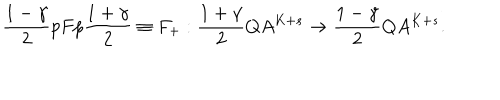
\frac { 1 - \gamma } { 2 } p F p \frac { 1 + \gamma } { 2 } \equiv F _ { + } : \frac { 1 + \gamma } { 2 } Q A ^ { K + s } \rightarrow \frac { 1 - \gamma } { 2 } Q A ^ { K + s } .